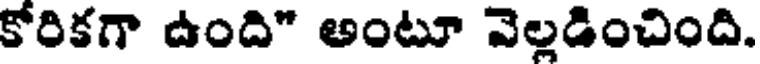
కోరికగా ఉంది" అంటూ వెల్లడించింది.